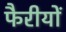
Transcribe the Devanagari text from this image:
फैरीयों